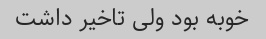
خوبه بود ولی تاخیر داشت